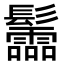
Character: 𩰂